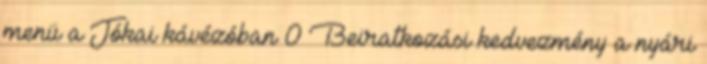
menü a Jókai kávézóban 0 Beiratkozási kedvezmény a nyári